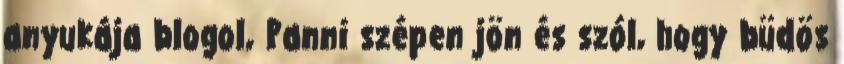
anyukája blogol, Panni szépen jön és szól, hogy büdös